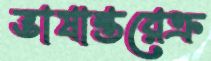
ভাষান্তরেক্র